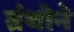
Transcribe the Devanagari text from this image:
ग्रंथोने